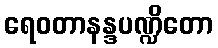
ရေဝတာနန္ဒပဏ္ဍိတော